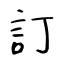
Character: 訂